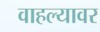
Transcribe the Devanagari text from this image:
वाहल्यावर